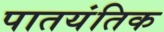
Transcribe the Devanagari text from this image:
पातयंतिक